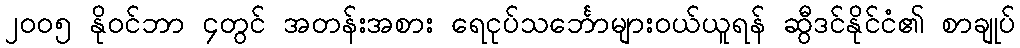
၂၀၀၅ နိုဝင်ဘာ ၄တွင် အတန်းအစား ရေငုပ်သင်္ဘောများဝယ်ယူရန် ဆွီဒင်နိုင်ငံ၏ စာချုပ်